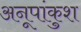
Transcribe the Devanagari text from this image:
अनूपांकुश